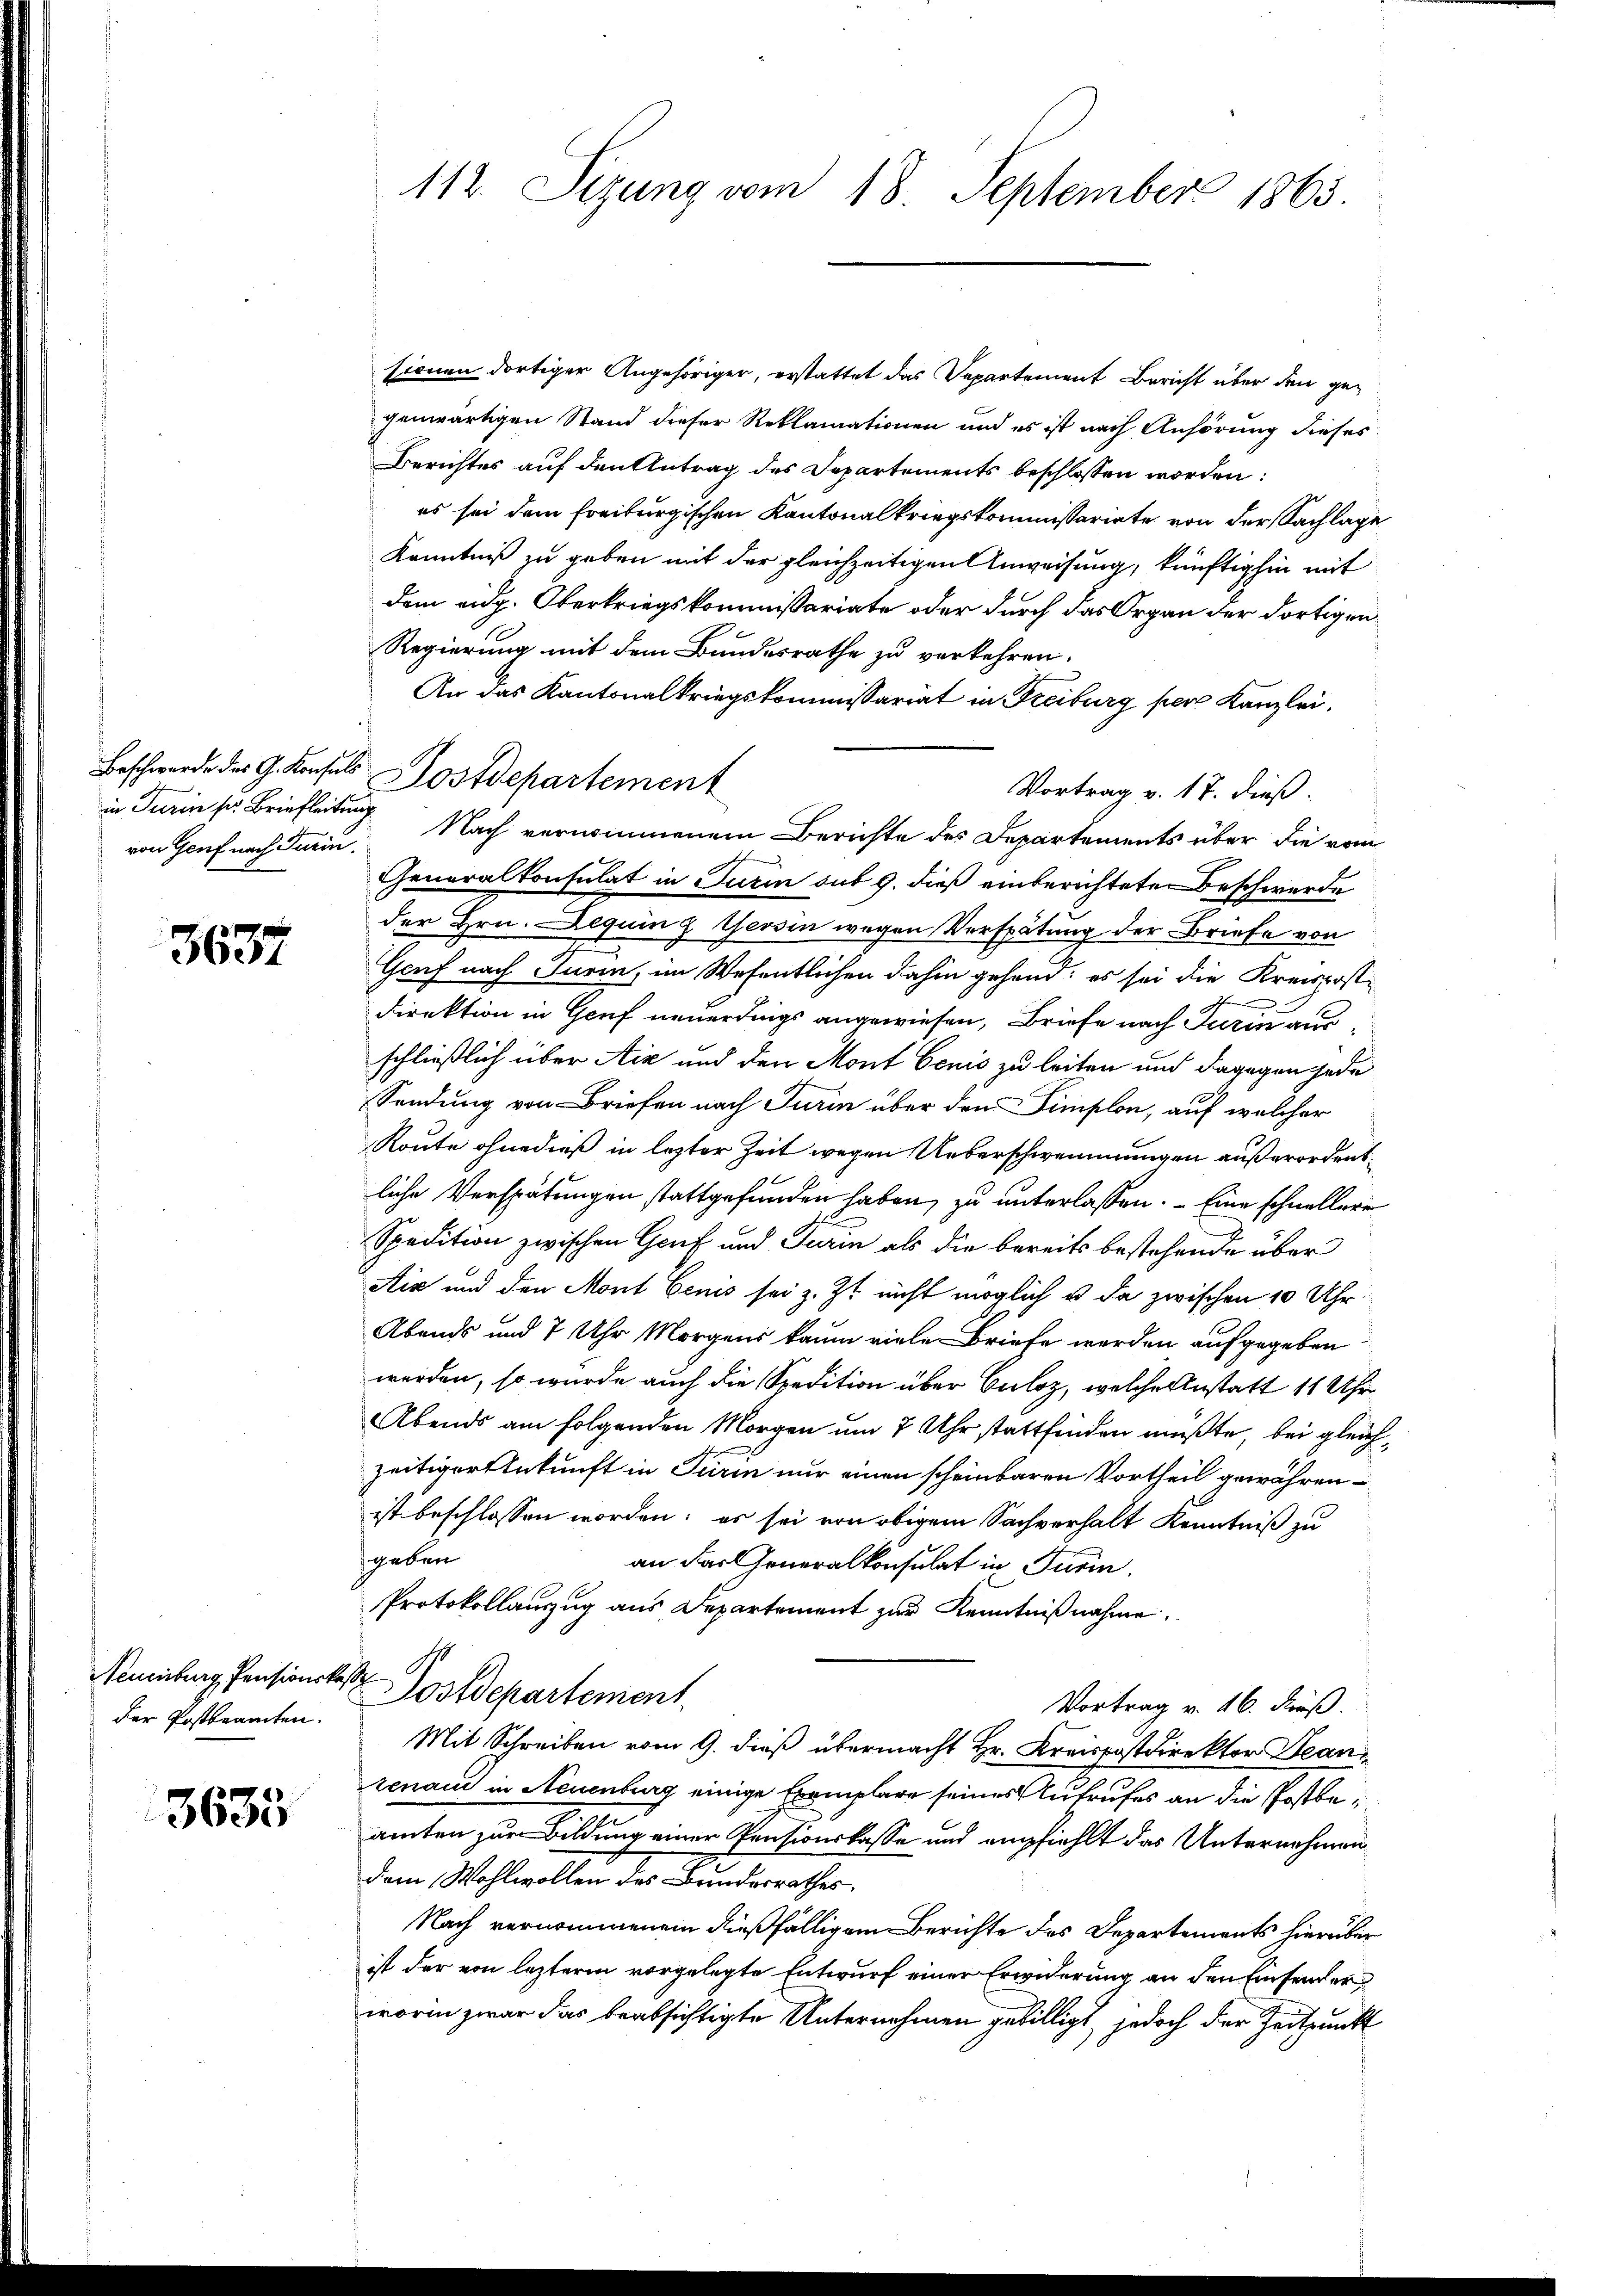
von Genf nach Turin

3637

Neuenburg, Pensionska
der Postbeamten.

3635

sionen dortiger Angehöriger, erstattet das Departement Bericht über den gegenwärtigen Stand dieser Reklamationen und es ist nach Anhörung dieses
Berichtes auf den Antrag des Departements beschlossen worden:
es sei dem Freiburgischen Kantonalkriegskommissariate von der Sachlage
Kenntniß zu geben mit der gleichzeitigen Anweisung, künftighin mit
dem eidg. Oberkriegskommissariate oder durch das Organ der dortigen
Regierung mit dem Bundesrathe zu verkehren.
An das Kantonalkriegskommissariat in Freiburg per Kanzlei,
Vortrag v. 17. dieß:
u. Turin sei Briefleitung Nach vernommenem Berichte des Departements über die vom
Generalkonsulat in Turin sub 9. dieß einberichteten Beschwerde
der Hrn. Beguin z. Tessin wegen Verspätung der Briefe von
Genf nach Turin, im Wesentlichen dahin gehend; es sei die Kreispost-
.
direktion in Genf neuerdings angewiesen, Briefe nach Turin ausschließlich über Aix und den Mont benis zu leiten und dagegen jede
Sendung von Briefen nach Turin über den Simplon, auf welcher
Route ohne dieß in lezter Zeit wegen Ueberschwemmungen außerordent
liche Verspätungen stattgefunden haben, zu unterlassen. - Eine schnellere
Spedition zwischen Genf und Turin als die bereits bestehende über
Air und den Mont Eenis sei z. Zt. nicht möglich u. da zwischen 10 Uhr.
Abends und 7 Uhr Morgens kaum viele Briefe werden aufgegeben
werden, so wurde auch die Spedition über Culoz, welche Anstatt 11 Uhr
Abends am folgenden Morgen um 7 Uhr stattfinden müßte, bei gleichzeitiger Ankunft in Teirin nur einen scheinbaren Vortheil gewähren
ist beschlossen worden; es sei von obigem Sachverhalt Kenntniß zu
geben
an Karl Generalkonsulat in Turin.
Protokollauszug aus Departement zur Kenntnißnahme.
s
Postdepartement
Vortrag v. 16. dieß.
Mit Schreiben vom 9. dieß übermacht Hr. Kreispostdirektor Bean
tenau in Neuenburg einige Exemplare seines Aufrufes an die Postbeamten zur Bildung einer Pensionskasse und empfiehlt das Unternehmen
dem Wohlwollen des Bundesrathes.
Nach vernommenem dießfälligem Berichte des Departements hierüber
ist der von lezterm vorgelegte Entwurf einer Erwiderung an den Einsender
worin zwar das beabsichtigte Unternehmen gebilligt, jedoch der Zeitpunkt

112. Sizung vom 18. September 1865.

Beschwerde des G. Konsuls Postdepartement